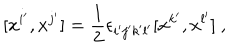
[ x ^ { i ^ { \prime } } , x ^ { j ^ { \prime } } ] = \frac { 1 } { 2 } \epsilon _ { i ^ { \prime } j ^ { \prime } k ^ { \prime } l ^ { \prime } } [ x ^ { k ^ { \prime } } , x ^ { l ^ { \prime } } ] ~ ,